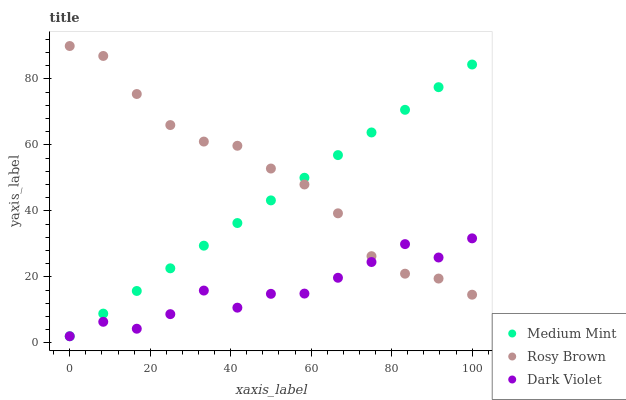
| xaxis_label | Medium Mint | Rosy Brown | Dark Violet |
 | --- | --- | --- | --- |
 | 0 | 2 | 90 | 2 |
 | 8.33 | 8.87 | 87 | 6.38 |
 | 16.7 | 15.7 | 75.4 | 4.28 |
 | 25 | 22.6 | 66 | 8.7 |
 | 33.3 | 29.5 | 61 | 15.9 |
 | 41.7 | 36.3 | 59.8 | 10.7 |
 | 50 | 43.2 | 52.9 | 14.9 |
 | 58.3 | 50.1 | 48 | 14.9 |
 | 66.7 | 56.9 | 39.3 | 19.7 |
 | 75 | 63.8 | 26.3 | 24.5 |
 | 83.3 | 70.7 | 21 | 29.9 |
 | 91.7 | 77.5 | 19.5 | 25.9 |
 | 100 | 84.4 | 14.6 | 31.7 |